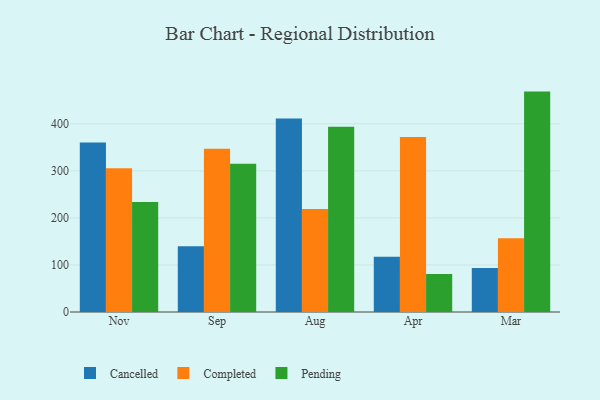
{"axis": {"x": "Month", "y": "Shipments"}, "legend": ["Cancelled", "Completed", "Pending"], "data": [{"x": "Nov", "y": 360.4, "type": "Cancelled"}, {"x": "Nov", "y": 305.4, "type": "Completed"}, {"x": "Nov", "y": 233.8, "type": "Pending"}, {"x": "Sep", "y": 139.7, "type": "Cancelled"}, {"x": "Sep", "y": 346.8, "type": "Completed"}, {"x": "Sep", "y": 315.0, "type": "Pending"}, {"x": "Aug", "y": 411.4, "type": "Cancelled"}, {"x": "Aug", "y": 218.7, "type": "Completed"}, {"x": "Aug", "y": 393.7, "type": "Pending"}, {"x": "Apr", "y": 117.2, "type": "Cancelled"}, {"x": "Apr", "y": 371.9, "type": "Completed"}, {"x": "Apr", "y": 80.9, "type": "Pending"}, {"x": "Mar", "y": 93.3, "type": "Cancelled"}, {"x": "Mar", "y": 156.8, "type": "Completed"}, {"x": "Mar", "y": 468.5, "type": "Pending"}]}